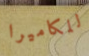
للكاميرا